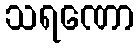
သရဏော